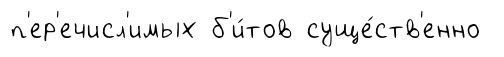
п'ер'ечисл'имых б'и́тов суще́ств'енно